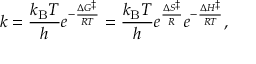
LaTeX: k = { \frac { k _ { \mathrm { { B } } } T } { h } } e ^ { - { \frac { \Delta G ^ { \ddagger } } { R T } } } = { \frac { k _ { \mathrm { { B } } } T } { h } } e ^ { \frac { \Delta S ^ { \ddagger } } { R } } e ^ { - { \frac { \Delta H ^ { \ddagger } } { R T } } } ,